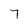
Character: 7